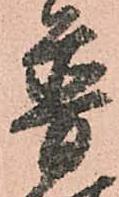
普